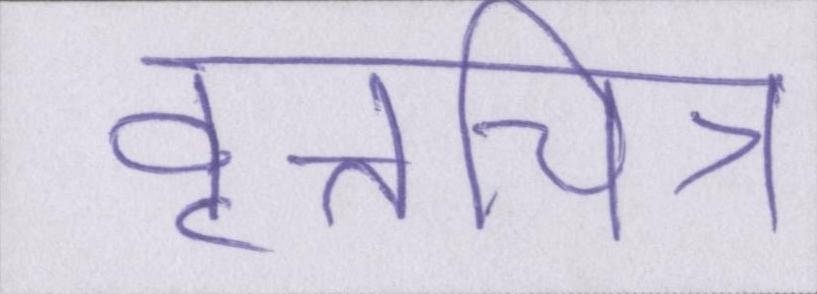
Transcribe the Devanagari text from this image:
वृत्तचित्र